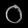
Digit: ၀